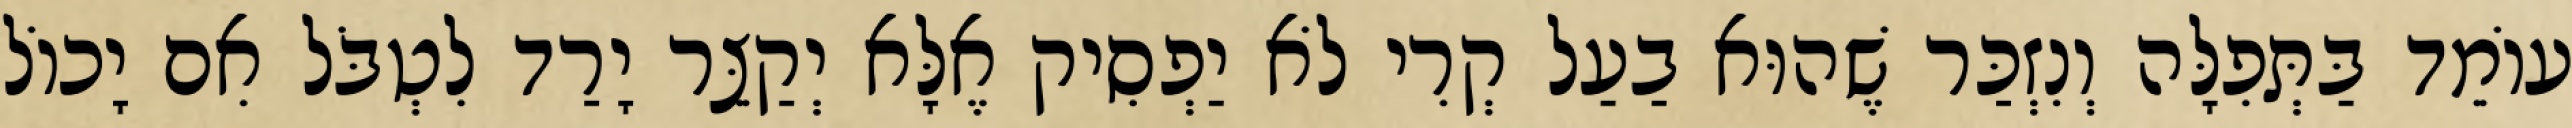
עוֹמֵד בַּתְּפִלָּה וְנִזְכַּר שֶׁהוּא בַעַל קְרִי לֹא יַפְסִיק אֶלָּא יְקַצֵּר יָרַד לִטְבֹּל אִם יָכוֹל